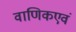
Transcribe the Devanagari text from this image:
वाणिकएवं